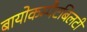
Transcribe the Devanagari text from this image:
बायोकम्पैटबिलटी